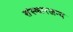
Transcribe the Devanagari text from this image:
संस्कारजन्य